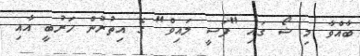
ބާއްވާ މި ޝޯ ގައި "ފަސީ ލައިވް" ގެ އިތުރުން ހަރުބީ އާއި